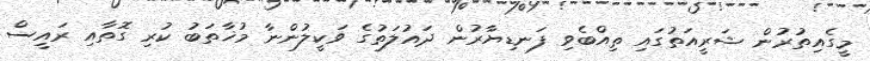
މީގެއިތުރުން ޝަރީއަތުގައި ތިއްބެވި ފަނޑިޔާރުން ދައުލަތުގެ ވަކީލުންނާ މުޚާތަބު ކުރި ގޮތާއި ރައީސް